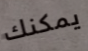
يمكنك